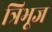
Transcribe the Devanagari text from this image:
त्रिभूज